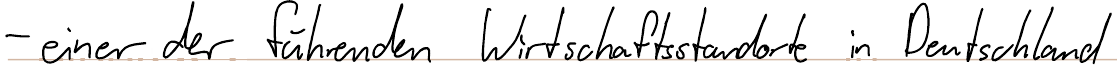
- einer der führenden Wirtschaftsstandorte in Deutschland